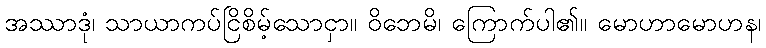
အဿာဒုံ၊ သာယာကပ်ငြိစိမ့်သောငှာ။ ဝိဘေမိ၊ ကြောက်ပါ၏။ မောဟာမောဟန၊